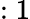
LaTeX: :1